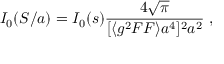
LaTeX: I _ { 0 } ( S / a ) = { \cal I } _ { 0 } ( s ) { \frac { 4 \sqrt { \pi } } { [ \langle g ^ { 2 } F F \rangle a ^ { 4 } ] ^ { 2 } a ^ { 2 } } } ~ ,